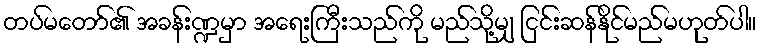
တပ်မတော်၏ အခန်းဏ္ဍမှာ အရေးကြီးသည်ကို မည်သို့မျှ ငြင်းဆန်နိုင်မည်မဟုတ်ပါ။